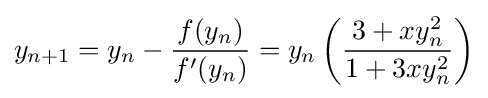
y_{n+1}=y_{n}-{\frac {f(y_{n})}{f'(y_{n})}}=y_{n}\left({\frac {3+xy_{n}^{2}}{1+3xy_{n}^{2}}}\right)